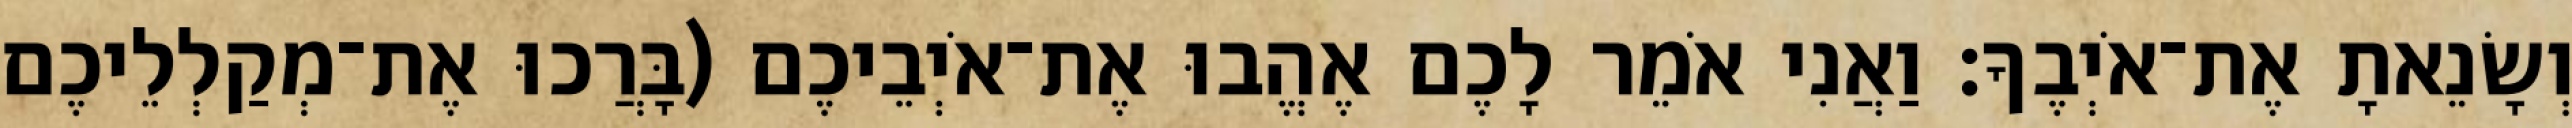
וְשָׂנֵאתָ אֶת־אֹיְבֶךָ׃ וַאֲנִי אֹמֵר לָכֶם אֶהֱבוּ אֶת־אֹיְבֵיכֶם (בָּרֲכוּ אֶת־מְקַלְלֵיכֶם